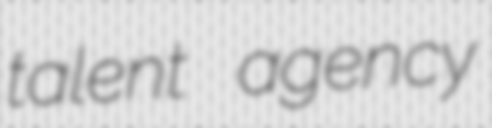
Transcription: talent agency